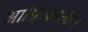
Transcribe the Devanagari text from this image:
आफ्रिकातील